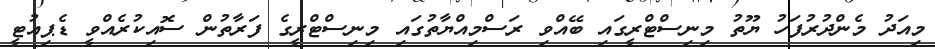
މިއަދު މެންދުރުފަހު ޔޫތު މިނިސްޓްރީގައި ބޭއްވި ރަސްމިއްޔާތުގައި މިނިސްޓްރީގެ ފަރާތުން ސޮއިކުރެއްވީ ޑެޕިއުޓީ